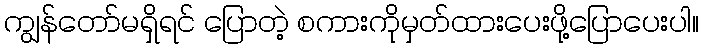
ကျွန်တော်မရှိရင် ပြောတဲ့ စကားကိုမှတ်ထားပေးဖို့ပြောပေးပါ။